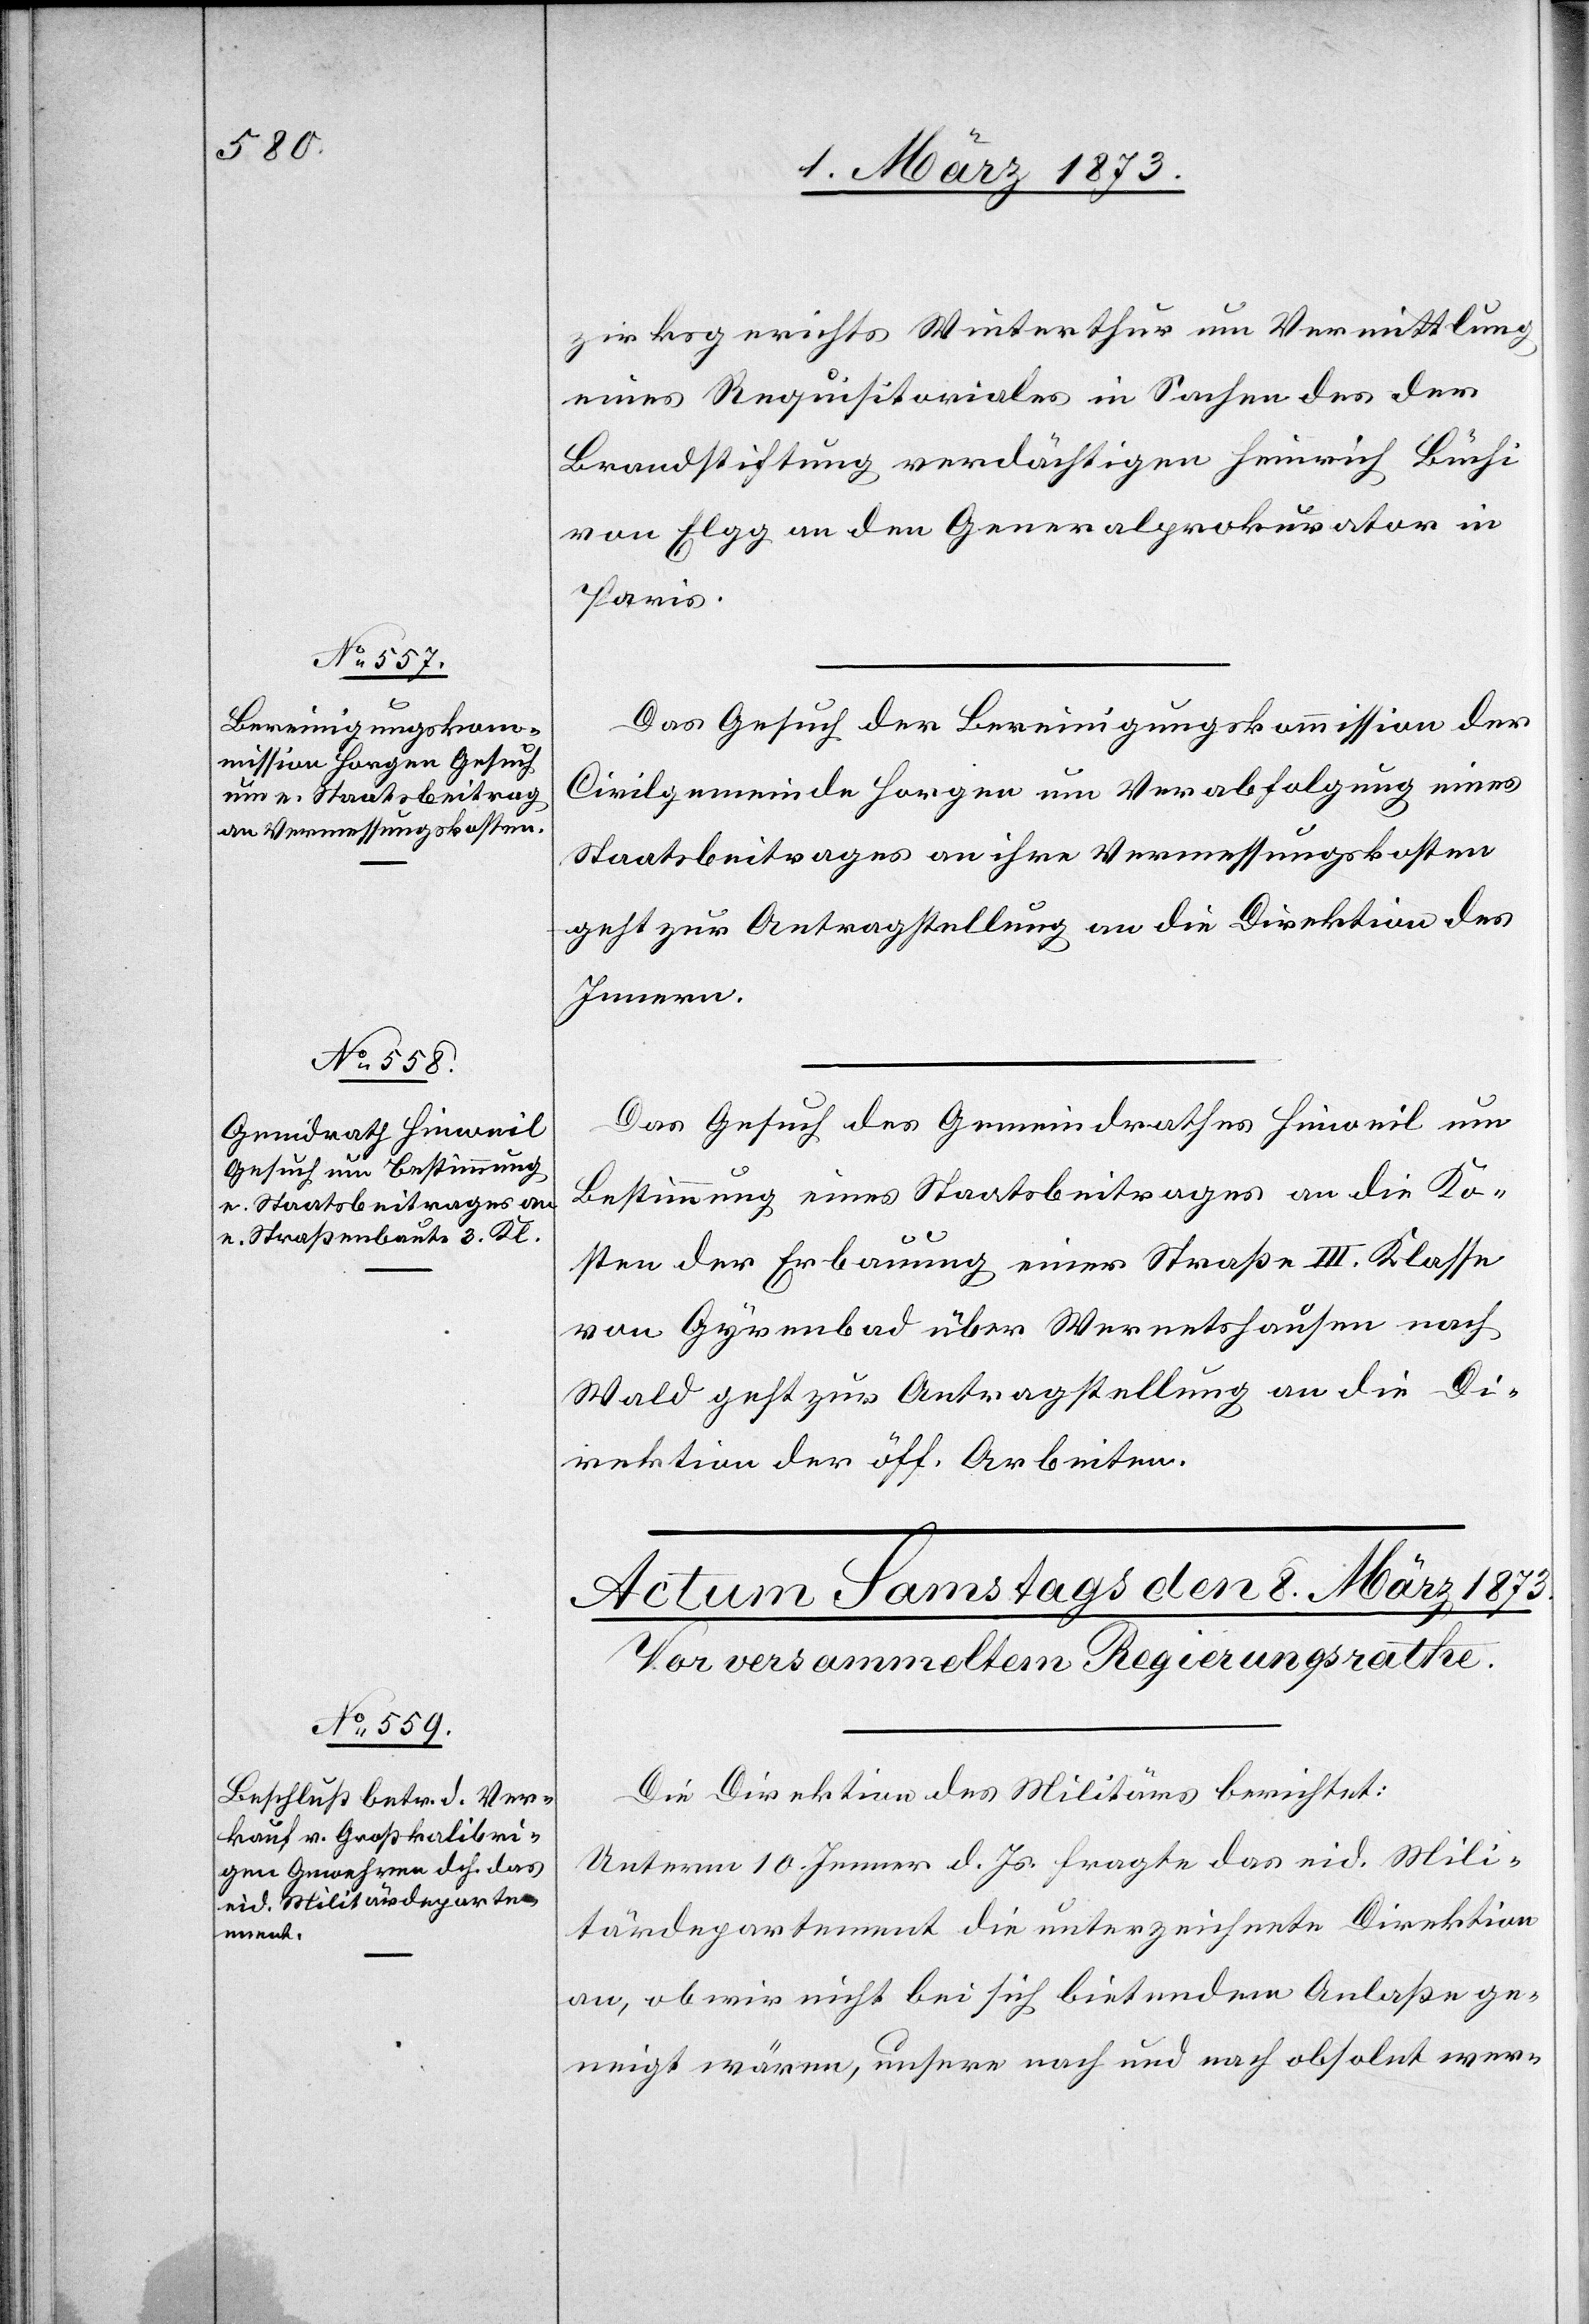
7. März 1873.]
zirksgerichts Winterthur um Vermittlung
eines Requisitoriales in Sachen des der
Brandstiftung verdächtigen Heinrich Büchi
von Elgg an den Generalprokurator in
Paris.
Das Gesuch der Bereinigungskommission der
Civilgemeinde Horgen um Verabfolgung eines
Staatsbeitrages an ihre Vermessungskosten
geht zur Antragstellung an die Direktion der
Innern.
Das Gesuch des Gemeindrathes Hinweil um
Bestimmung eines Staatsbeitrages an die Ko¬
sten der Erbauung einer Straße III. Klasse
von Gyrenbad über Wernetshausen nach
Die Direktion des Militärs berichtet:
Unterm 10. Jenner d. Js. fragte das eid. Mili¬
tärdepartement die unterzeichnete Direktion
an, ob wir nicht bei sich bietendem Anlaße ge¬
neigt wären, untere nach und nach obsolet wer-